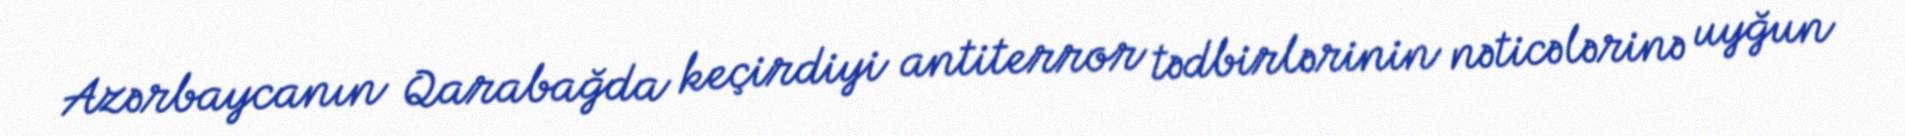
Azərbaycanın Qarabağda keçirdiyi antiterror tədbirlərinin nəticələrinə uyğun